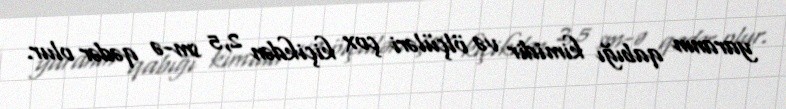
yaranın qabığı kimidir və ölçüləri çox kiçikdən 2,5 sm-ə qədər olur.